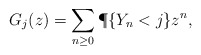
\begin{align*} G_j(z) = \sum_{n\ge 0} \P\{Y_n<j\}z^n,\end{align*}